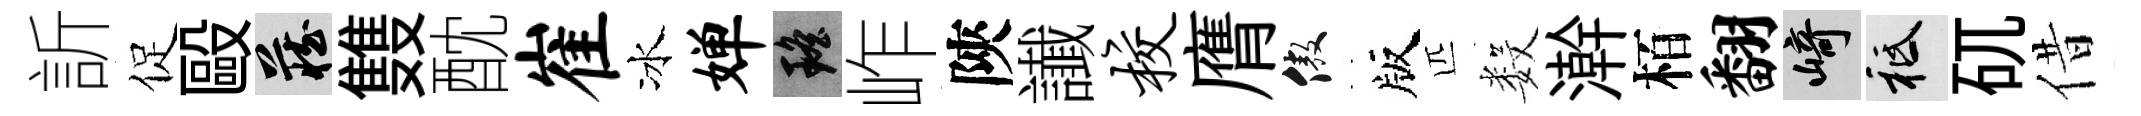
訢促毆藏䨇酖崔冰婵瑶岞陝䜟校膺傲版匹数澣栢翻崎祇矹借